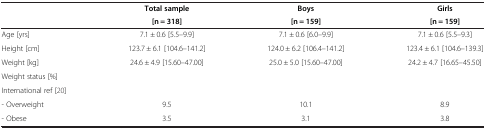
|  | Total sample | Boys | Girls |
 |  | [n = 318] | [n = 159] | [n = 159] |
 | --- | --- | --- | --- |
 | Age [yrs] | 7.1 ± 0.6 [5.5–9.9] | 7.1 ± 0.6 [6.0–9.9] | 7.1 ± 0.6 [5.5–9.3] |
 | Height [cm] | 123.7 ± 6.1 [104.6–141.2] | 124.0 ± 6.2 [106.4–141.2] | 123.4 ± 6.1 [104.6–139.3] |
 | Weight [kg] | 24.6 ± 4.9 [15.60–47.00] | 25.0 ± 5.0 [15.60–47.00] | 24.2 ± 4.7 [16.65–45.50] |
 | Weight status [%] |  |  |  |
 | International ref [20] |  |  |  |
 | - Overweight | 9.5 | 10.1 | 8.9 |
 | - Obese | 3.5 | 3.1 | 3.8 |